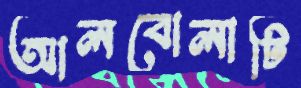
আলবোলাটি